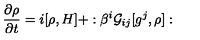
\frac { \partial \rho } { \partial t } = i [ \rho , H ] + : \beta ^ { i } { \cal G } _ { i j } [ g ^ { j } , \rho ] :